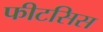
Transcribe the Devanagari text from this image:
फीटसिस